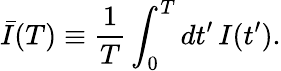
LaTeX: \bar{I}(T)\equiv\frac{1}{T}\int_{0}^{T}dt^{\prime}\, I(t^{\prime}).